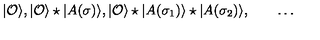
| { \cal O } \rangle , | { \cal O } \rangle \star | A ( \sigma ) \rangle , | { \cal O } \rangle \star | A ( \sigma _ { 1 } ) \rangle \star | A ( \sigma _ { 2 } ) \rangle , \qquad \dots